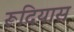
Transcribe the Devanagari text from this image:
रूदियास